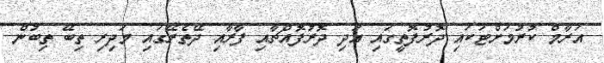
އަރާމް ކުރުމަށްޓަކައި ދޮރުފޮތީގައި އަދި ދޮރުފޮއްޗާއި ފާރާއި ދޭތެރޭގައި މަދިރި ތިބޭ ތިބުން